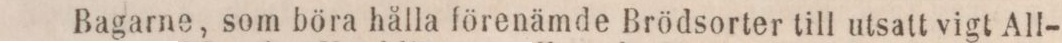
Bagarne, som böra hålla förenämde Brödsorter till utsatt vigt All—